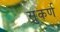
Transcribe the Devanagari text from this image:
सुकर्ण